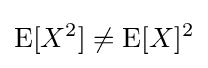
\operatorname {E} [X^{2}]\neq \operatorname {E} [X]^{2}